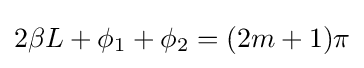
2\beta L+\phi _{1}+\phi _{2}=(2m+1)\pi